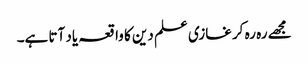
مجھے رہ رہ کر غازی علم دین کا واقعہ یاد آتا ہے۔